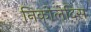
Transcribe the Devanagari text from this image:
निकोलेदिस